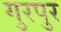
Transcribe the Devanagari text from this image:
गुरपुर